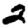
Digit: 2